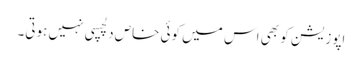
اپوزیشن کو بھی اس میں کوئی خاص دلچسپی نہیں ہوتی۔